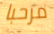
مرحبا